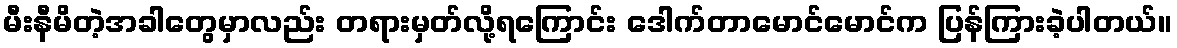
မီးနီမိတဲ့အခါတွေမှာလည်း တရားမှတ်လို့ရကြောင်း ဒေါက်တာမောင်မောင်က ပြန်ကြားခဲ့ပါတယ်။